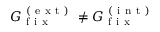
G _ { \mathrm { ~ f ~ i ~ x ~ } } ^ { \mathrm { ~ ( ~ e ~ x ~ t ~ ) ~ } } \neq G _ { \mathrm { ~ f ~ i ~ x ~ } } ^ { \mathrm { ~ ( ~ i ~ n ~ t ~ ) ~ } }